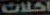
اخلات